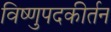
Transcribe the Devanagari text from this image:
विष्णुपदकीर्तन